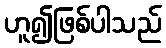
ဟူ၍ဖြစ်ပါသည်